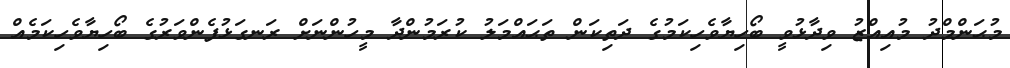
މުޙަންމްދު މުއިއްޒު ވިދާޅުވީ ބޯހިޔާވެހިކަމުގެ ދަތިކަން ތަޙައްމަލު ކުރަމުންދާ މީހުންނަށް ރަނގަޅުފެންވަރުގެ ބޯހިޔާވެހިކަމެއް